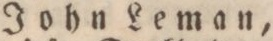
John Leman,